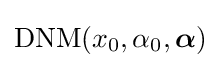
\mathrm {DNM} (x_{0},\alpha _{0},{\boldsymbol {\alpha }})